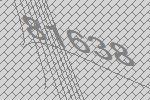
81638